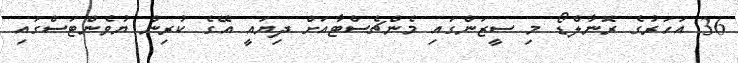
36 އަހަރުގެ ރޮނާލްޑޯ މި ސީޒަންގައި މެންޗެސްޓާއަށް ދިޔައީ އޭގެ ކުރިން ޔުވެންޓަސްގައި